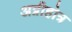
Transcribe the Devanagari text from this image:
अग्नीहोत्र